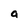
Character: a